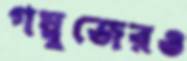
গম্বুজেরও